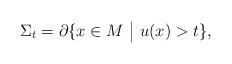
LaTeX: \begin{align*}\Sigma_{t}= \partial\{ x\in M \,\, \big| \,\, u(x)>t \}, \end{align*}